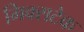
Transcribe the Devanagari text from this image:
मिक्सटेक